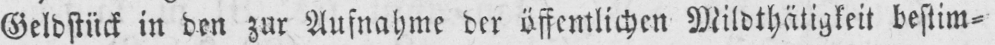
Geldstück in den zur Aufnahme der öffentlichen Mildthätigkeit bestim⸗